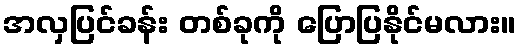
အလှပြင်ခန်း တစ်ခုကို ပြောပြနိုင်မလား။